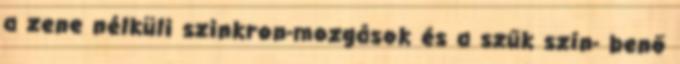
a zene nélküli szinkron-mozgások és a szűk szín- benő